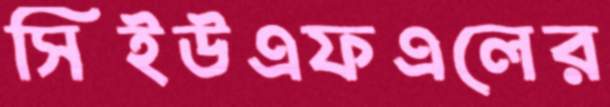
সিইউএফএলের